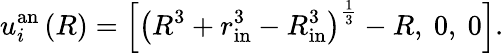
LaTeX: u_{i}^{\mathrm{an}}\left(R\right)=\left[\left(R^{3}+r_{\mathrm{in}}^{3}-R_{\mathrm{in}}^{3}\right)^{\frac{1}{3}}-R,\ 0,\ 0\right].